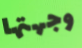
وجهتها